system: You are a helpful assistant.
user:
Analyze the provided spectrum to determine if it is a **M-type Giant (gM)**.

A M-type Giant spectrum is defined by its **strong molecular absorption** features, particularly from **Titanium Oxide (TiO)**. You must check for one of the following mutually exclusive signatures:

- **Key Visual Indicators (Absorption-Dominated Spectrum):**

    - **(Primary):** The spectrum is dominated by strong molecular absorption from **Titanium Oxide (TiO)**. This is the **defining feature** of its M-type temperature class.
        - **(Key Bandheads):** Look for sharp, "saw-tooth" absorption valleys. The strongest are located near **~7050 Å**, **~6160 Å**, and **~5170 Å**.
        - **(Line Profile):** The "saw-tooth" morphology is critical: a **sharp, steep drop on the BLUE (short-wavelength) side** of the bandhead, followed by a gradual recovery (rising flux) towards the RED (long-wavelength) side.

    - **(Key Confirmation - Giant vs. Dwarf):** **ABSENCE** of strong **Calcium Hydride (CaH)** molecular bands. This is the primary diagnostic for *excluding* M-dwarfs.
        - **(Key Region):** The spectrum should lack the strong, broad absorption band seen in dwarfs between **~6800 Å and ~7000 Å**.

    - **(Secondary Confirmation - Giant):** A very strong and broad **Neutral Calcium (Ca I)** atomic absorption line.
        - **(Key Line):** Located at **~4226 Å**. In a giant (gM), this line is significantly deeper and broader than the same line in an M-dwarf (dM) due to low surface gravity.

    - **(Overall Spectrum):**
        - The continuum is **extremely red-sloping** (i.e., flux is very low in the blue and rises dramatically towards the red).
        - The entire spectrum appears "chopped up" by the deep TiO bands.

Think first, call **spectral_visualization_tool** if needed to examine features in detail, then provide your final answer. Your response must adhere to the following strict rules:
1.  **Overall Structure:** Your response must follow the format `<think>...</think> <tool_call>...</tool_call> (if a tool is used) <answer>...</answer>`.
2.  **Tool Usage Constraint:** You may only make **one** tool call per turn.
3.  **Final Answer Format:** In the `<answer>` tag, your conclusion must be inside a `\boxed{}` command (e.g., `\boxed{YES}` or `\boxed{NO}`), followed by your justification.

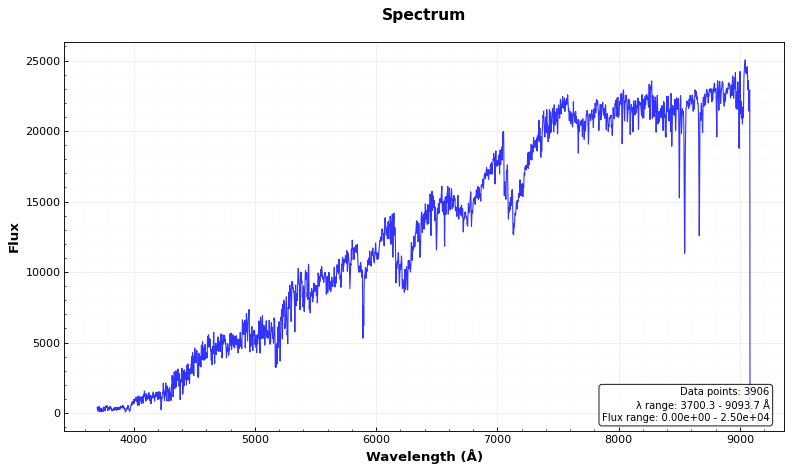
Answer: YES